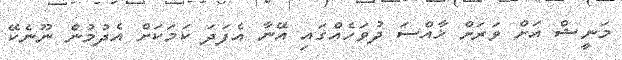
މަނީޝް އަށް ވަރަށް ޚާއްސަ ދުވަހެއްގައި އޭނާ އެފަދަ ކަމަކަށްް އެދުމުން ނޫނެކޭ